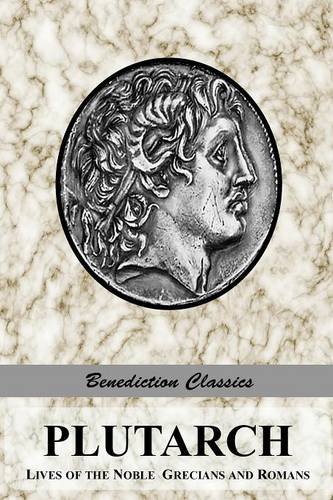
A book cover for PLUTARCH: Lives of the noble Grecians and Romans (Complete and Unabridged); Plutarch; Literature & Fiction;